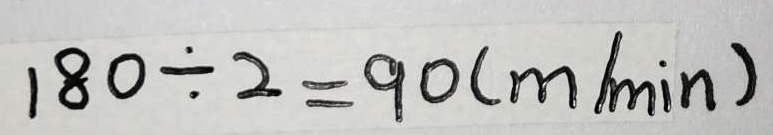
1 8 0 \div 2 = 9 0 ( m / \min )